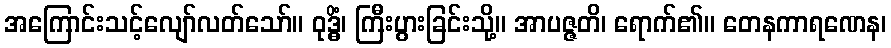
အကြောင်းသင့်လျော်လတ်သော်။ ဝုဒ္ဓိံ၊ ကြီးပွားခြင်းသို့။ အာပဇ္ဇတိ၊ ရောက်၏။ တေနကာရဏေန၊